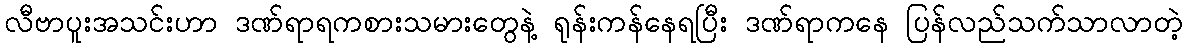
လီဗာပူးအသင်းဟာ ဒဏ်ရာရကစားသမားတွေနဲ့ ရုန်းကန်နေရပြီး ဒဏ်ရာကနေ ပြန်လည်သက်သာလာတဲ့